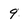
Character: 9